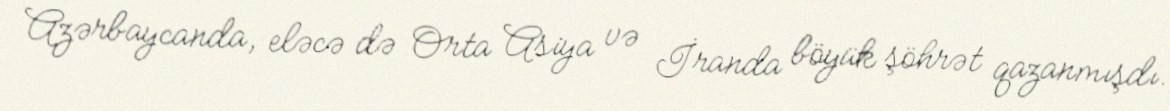
Azərbaycanda, eləcə də Orta Asiya və İranda böyük şöhrət qazanmışdı.